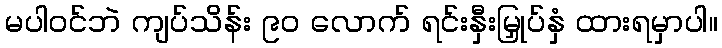
မပါဝင်ဘဲ ကျပ်သိန်း ၉၀ လောက် ရင်းနှီးမြှုပ်နှံ ထားရမှာပါ။